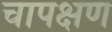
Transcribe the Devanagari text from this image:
चापक्षण